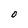
Character: O